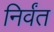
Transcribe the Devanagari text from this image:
निर्वंत